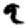
Digit: 9